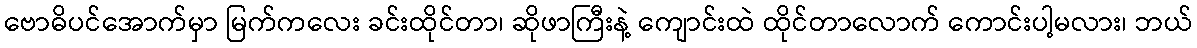
ဗောဓိပင်အောက်မှာ မြက်ကလေး ခင်းထိုင်တာ၊ ဆိုဖာကြီးနဲ့ ကျောင်းထဲ ထိုင်တာလောက် ကောင်းပါ့မလား၊ ဘယ်